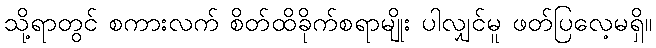
သို့ရာတွင် စကားလက် စိတ်ထိခိုက်စရာမျိုး ပါလျှင်မူ ဖတ်ပြလေ့မရှိ။